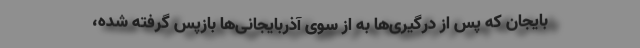
بایجان که پس از درگیری‌ها به از سوی آذربایجانی‌ها بازپس گرفته شده،